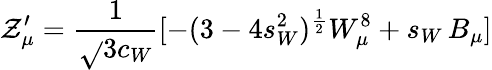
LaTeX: \mathcal{Z}_{\mu}^{\prime}=\frac{{1}}{{\sqrt{}{3}c_{W}}}[-(3-4s_{W}^{2})^{\frac{{1}}{{2}}}W_{\mu}^{8}+s_{W}\, B_{\mu}]